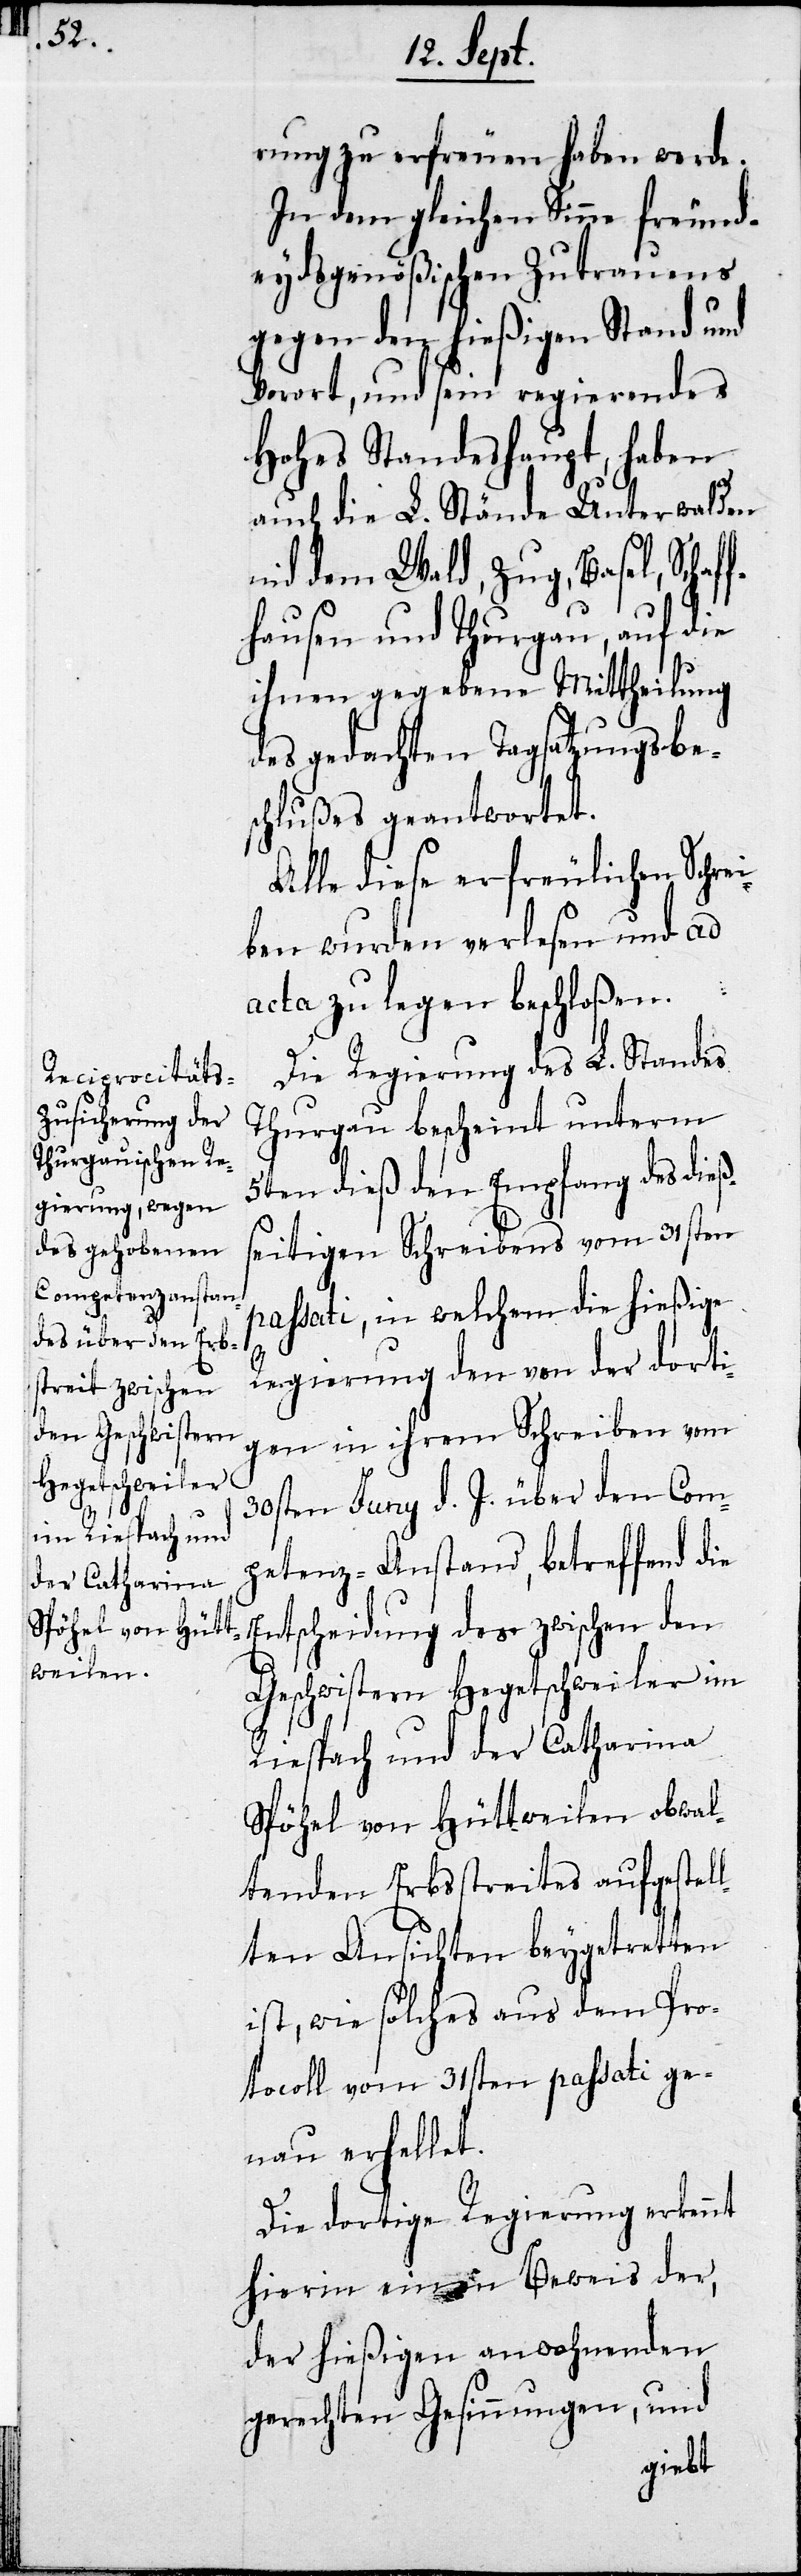
rung zu erfreuen haben werde.
In dem gleichen Sinne freund¬
eydsgenößischen Zutrauens
gegen den hießigen Stand und
Vorort, und sein regierendes
Hohes Standeshaupt, haben
auch die L. Stände Unterwalden
nid dem Wald, Zug, Basel, Schaf¬
fhausen und Thurgau, auf die
ihnen gegebene Mittheilung
des gedachten Tagsatzungsbe¬
schlußes geantwortet.
Alle diese erfreulichen Schrei¬
ben wurden verlesen und ad
acta zu legen beschloßen.
Die Regierung des L. Standes
Thurgau bescheint unterm
5ten dieß den Empfang des dieß¬
eitigen Schreibens vom 31sten
paßati, in welchem die hießige
Regierung den von der dorti¬
gen in ihrem Schreiben vom
30sten Juny d. J. über den Com¬
petenz-Anstand, betreffend die
Entscheidung des zwischen den
Geschwistern Hegetschweiler im
Riespach und der Catharina
Spöhel von Hüttweilen obwal¬
tenden Erbstreits aufgestel¬
lten Ansichten beygetretten
ist, wie solches aus dem Pro¬
tocoll vom 31sten paßati ge¬
nau erhellet.
Die dortige Regierung erkennt
hierin einen Beweis der,
der hießigen anwohnenden
gerechten Gesinnungen, und